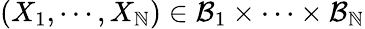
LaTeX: (X_{1},\cdots,X_{\mathbb{N}})\in\mathcal{{B}}_{1}\times\cdots\times\mathcal{{B}}_{\mathbb{N}}